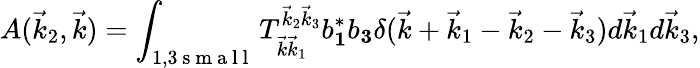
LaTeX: A(\vec{k}_{2},\vec{k})=\int_{1,3\mathrm{~s~m~a~l~l~}}T_{\vec{k}\vec{k}_{1}}^{\vec{k}_{2}\vec{k}_{3}}b_{\mathbf 1}^{*}b_{\mathbf 3}\delta(\vec{k}+\vec{k}_{1}-\vec{k}_{2}-\vec{k}_{3})d\vec{k}_{1}d\vec{k}_{3},